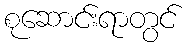
စုဆောင်းရာတွင်